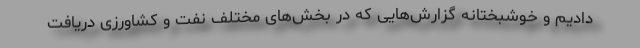
دادیم و خوشبختانه گزارش‌هایی که در بخش‌های مختلف نفت و کشاورزی دریافت